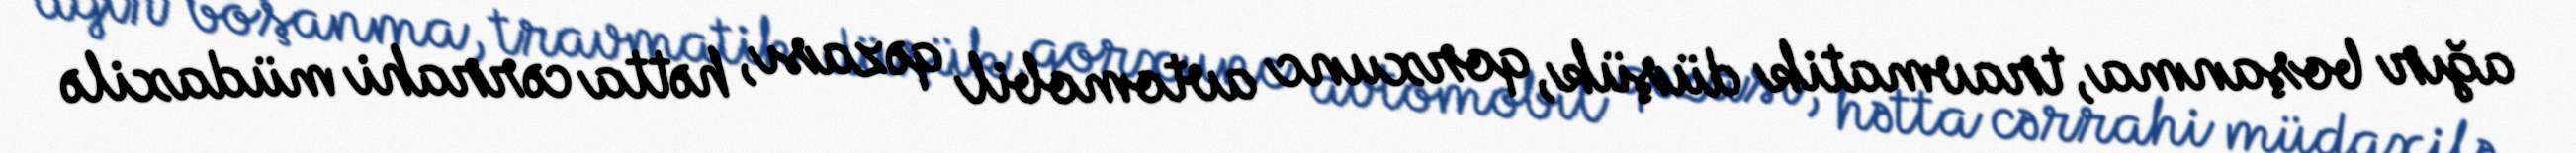
ağır boşanma, travmatik düşük, qorxunc avtomobil qəzası, hətta cərrahi müdaxilə